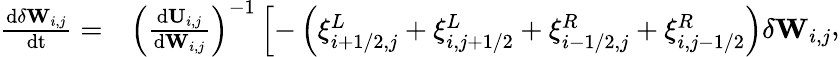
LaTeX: \begin{array}{rl}{\frac{\mathrm{d}\delta\mathbf{W}_{i,j}}{\mathrm{dt}}=}&{{}\left(\frac{\mathrm{d}\mathbf{U}_{i,j}}{\mathrm{d}{\mathbf{W}_{i,j}}}\right)^{-1}\left[-\left(\xi_{i+1/2,j}^{L}+\xi_{i,j+1/2}^{L}+\xi_{i-1/2,j}^{R}+\xi_{i,j-1/2}^{R}\right)\delta\mathbf{W}_{i,j}\right.}\end{array},